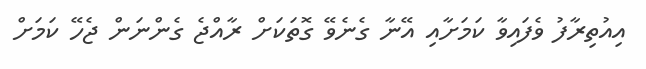
އިއުތިރާފު ވެފައިވާ ކަމަށާއި އޭނާ ގެނެވޭ ގޮތަކަށް ރާއްޖެ ގެންނަން ޖެހޭ ކަމަށް